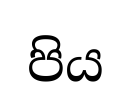
පිය